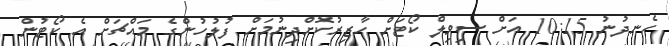
ހެނދުނު 10:15 އަށް ސިވިލް ކޯޓަށް ހާޒިރުކޮށްދިނުމަށް ފުލުހުންގެ މައްޗަށް އެ ކޯޓުން